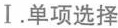
Ⅰ.单项选择